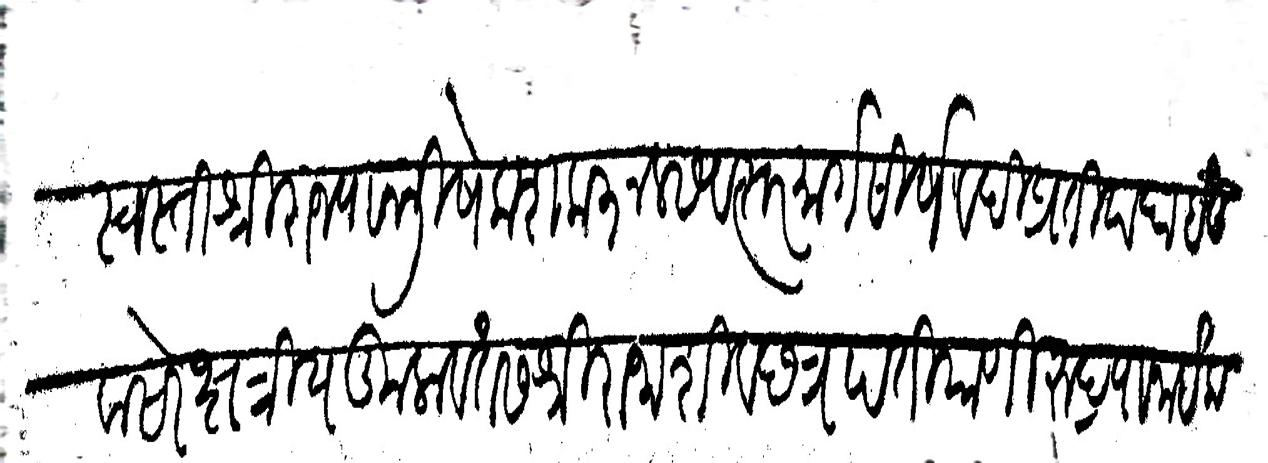
Transliteration (Devanagari): स्वस्ति श्रीराज्याभिषेक शक ३ नल सवत्सर मार्गसीर्ष वदि प्रतिपदा इंदु वासरे क्षत्रियकुलावतंस श्रीराजा शिवछत्रपति याणी रुद्रपा नाईक